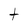
Character: t